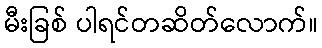
မီးခြစ် ပါရင်တဆိတ်လောက်။